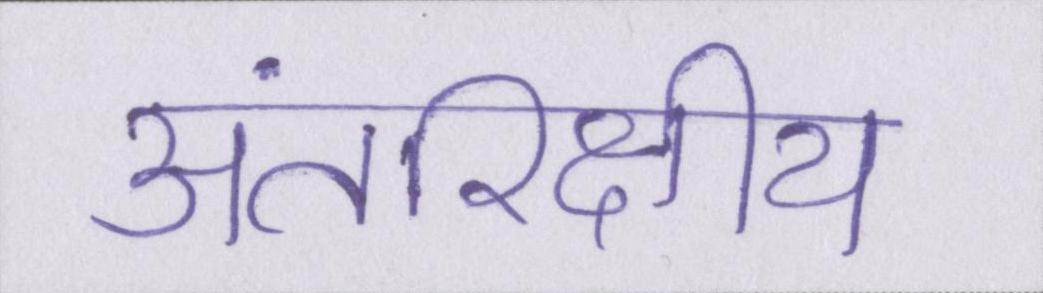
अंतरिक्षीय